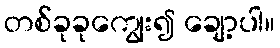
တစ်ခုခုကျွေး၍ ချော့ပါ။